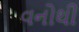
વનોથી